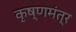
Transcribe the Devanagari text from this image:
कृष्णमंत्र